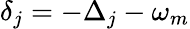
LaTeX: \delta_{j}=-\Delta_{j}-\omega_{m}